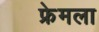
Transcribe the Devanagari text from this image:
फ्रेमला